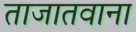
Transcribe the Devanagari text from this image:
ताजातवाना